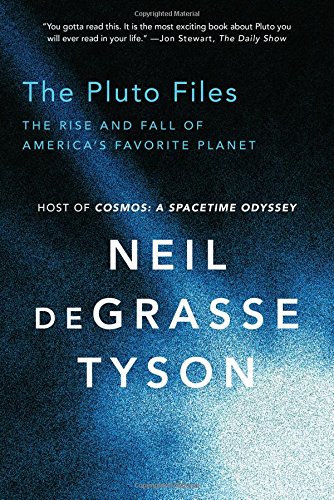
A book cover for The Pluto Files: The Rise and Fall of America's Favorite Planet; Neil deGrasse Tyson; Science & Math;